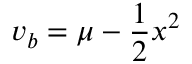
v _ { b } = \mu - { \frac { 1 } { 2 } } x ^ { 2 }